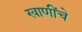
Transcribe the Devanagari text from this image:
खाणींचे